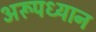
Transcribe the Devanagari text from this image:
अरूपध्यान